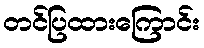
တင်ပြထားကြောင်း